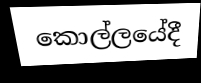
කොල්ලයේදී